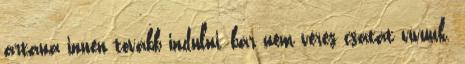
ártana innen tovább indulni, bár nem véres csatát vívunk.